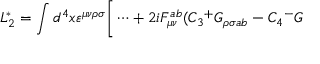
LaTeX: L _ { 2 } ^ { * } = \int d ^ { 4 } x \varepsilon ^ { \mu \nu \rho \sigma } \bigg [ \dots + 2 i F _ { \mu \nu } ^ { a b } ( C _ { 3 } { ^ + } { \cal G } _ { \rho \sigma a b } - C _ { 4 } { ^ - } { \cal G }